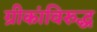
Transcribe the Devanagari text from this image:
ग्रीकांविरुद्ध